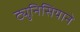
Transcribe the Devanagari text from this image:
ट्युनिसियाने